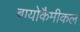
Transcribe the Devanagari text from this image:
बायोकैमीकल